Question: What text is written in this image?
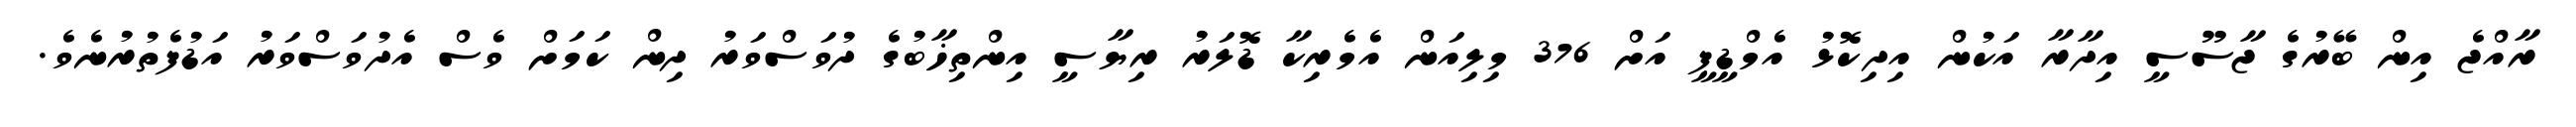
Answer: ރާއްޖެ އިން ބޭރުގެ ޖާސޫސީ އިދާރާ އަކުން އިދިކޮޅު އެމްޑީޕީ އަށް 376 މިލިއަން އެމެރިކާ ޑޮލަރު ރިޔާސީ އިންތިޚާބުގެ ދުވަސްވަރު ދިން ކަމަށް ވެސް އެދުވަސްވަރު އަޑުފެތުރުނެވެ.